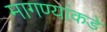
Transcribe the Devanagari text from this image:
मागण्यांकडे